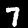
Label: 7